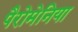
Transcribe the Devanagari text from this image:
पैरोमेनिया